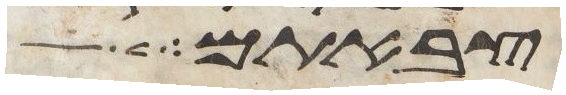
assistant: צבאתם